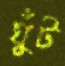
ঘুঁট